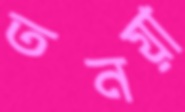
তনয়া